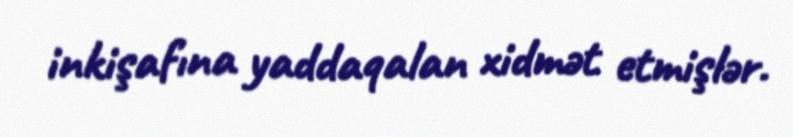
inkişafına yaddaqalan xidmət etmişlər.